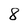
Character: 8